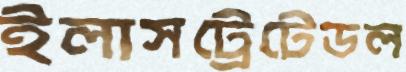
ইলাসট্রেটেডল